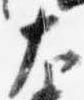
大